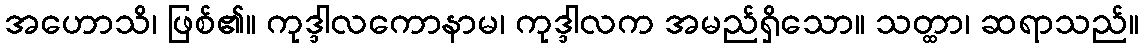
အဟောသိ၊ ဖြစ်၏။ ကုဒ္ဒါလကောနာမ၊ ကုဒ္ဒါလက အမည်ရှိသော။ သတ္ထာ၊ ဆရာသည်။